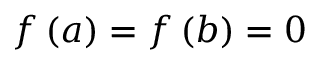
f \left( a \right) = f \left( b \right) = 0